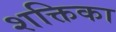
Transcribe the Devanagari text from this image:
शक्तिका